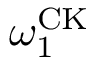
\omega _ { 1 } ^ { \mathrm { C K } }